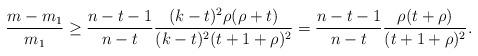
LaTeX: \begin{align*} \frac{m - m_1}{m_1} \geq \frac{n-t-1}{n-t} \frac{(k-t)^2\rho(\rho + t)}{(k-t)^2(t+1+\rho)^2} = \frac{n-t-1}{n-t} \frac{\rho(t + \rho)}{(t + 1 + \rho)^2}.\end{align*}